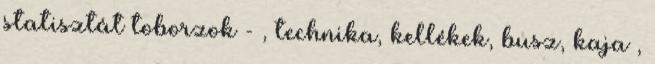
statisztát toborzok - , technika, kellékek, busz, kaja ,